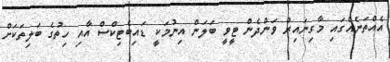
އެއްތަނެއްގައި މާގިނައިރު ވަންދެން ޓީވީ ބަލަން އިނުމަކީ ޑައިބެޓިކްސް އާއި ހިތުގެ ބަލިތަކަށް